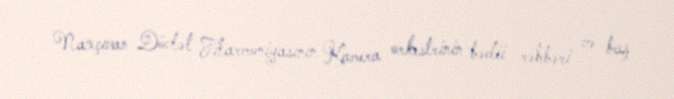
Naxçıvan Dövlət Filarmoniyasının Kamera orkestrinin bədii rəhbəri və baş